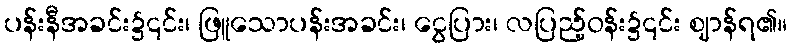
ပန်းနီအခင်း၌၎င်း၊ ဖြူသောပန်းအခင်း၊ ငွေပြား၊ လပြည့်ဝန်း၌၎င်း ဈာန်ရ၏။